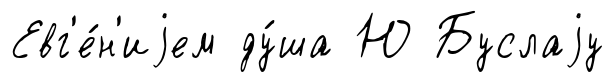
Евг'е́н'иjем ду́ша Ю Буслаjу